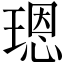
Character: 𤨒